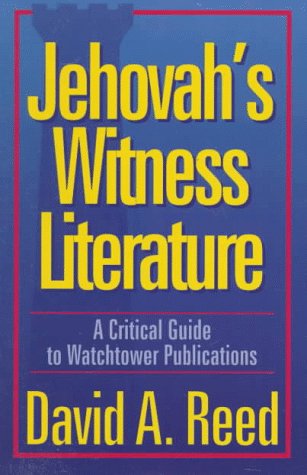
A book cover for Jehovah's Witness Literature: A Critical Guide to Watchtower Publications; David A. Reed; Christian Books & Bibles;